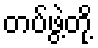
တပ်ဖွဲ့တို့